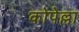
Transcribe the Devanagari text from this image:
कोपेल्ला